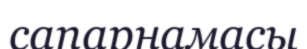
сапарнамасы